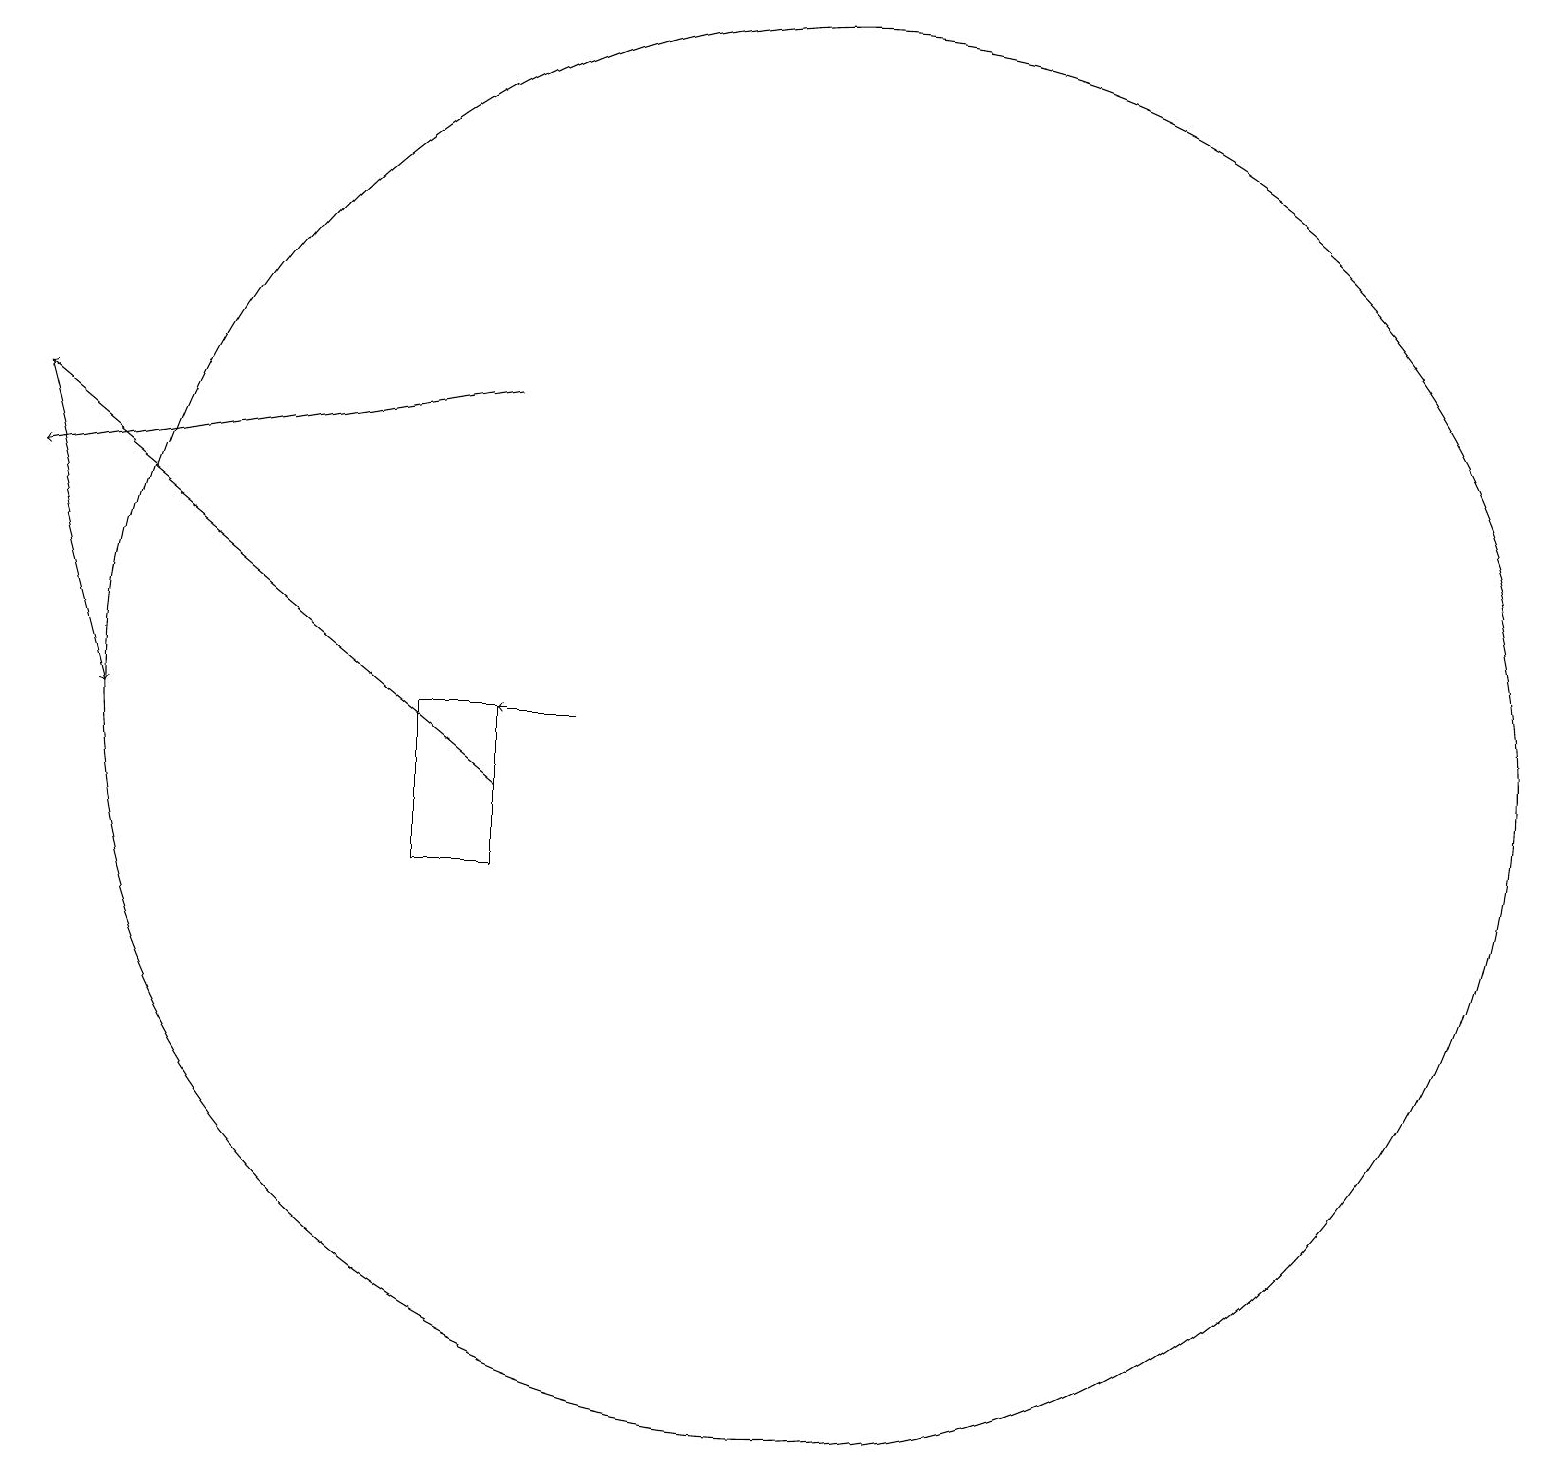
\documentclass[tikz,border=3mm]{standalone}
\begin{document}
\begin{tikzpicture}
\draw[->] (6,11) -- (0,16);
\draw[->] (7,12) -- (6,12);
\draw (6,10) rectangle (5,12);
\draw[->] (6,16) -- (0,15);
\draw[->] (0,16) -- (1,12);
\draw (11,10) circle (0);
\draw (10,12) circle (9);
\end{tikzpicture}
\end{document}